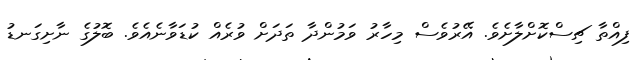
ފިއްތާ ޗިސްކޮށްލާށެވެ. އޭރުވެސް މިހާރު ވަމުންދާ ތަދަށް ވުރެއް ކުޑަވާނެއެވެ. ބޮލުގެ ނާށިގަނޑު